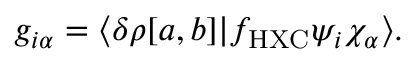
\begin{array} { r } { g _ { i \alpha } = \langle \delta \rho [ a , b ] | f _ { \mathrm { H X C } } \psi _ { i } \chi _ { \alpha } \rangle . } \end{array}